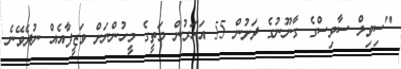
"ސިވިލް ސާވިސްގެ ގާނޫނުގެ ދަށުން 55 އަހަރުން މަތީގެ މީހުންނަށް ވަޒީފާއެއް ނުދެވޭނެ.